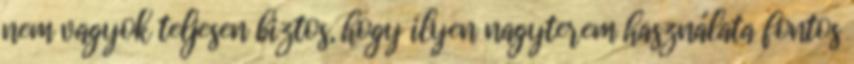
nem vagyok teljesen biztos, hogy ilyen nagyterem használata fontos